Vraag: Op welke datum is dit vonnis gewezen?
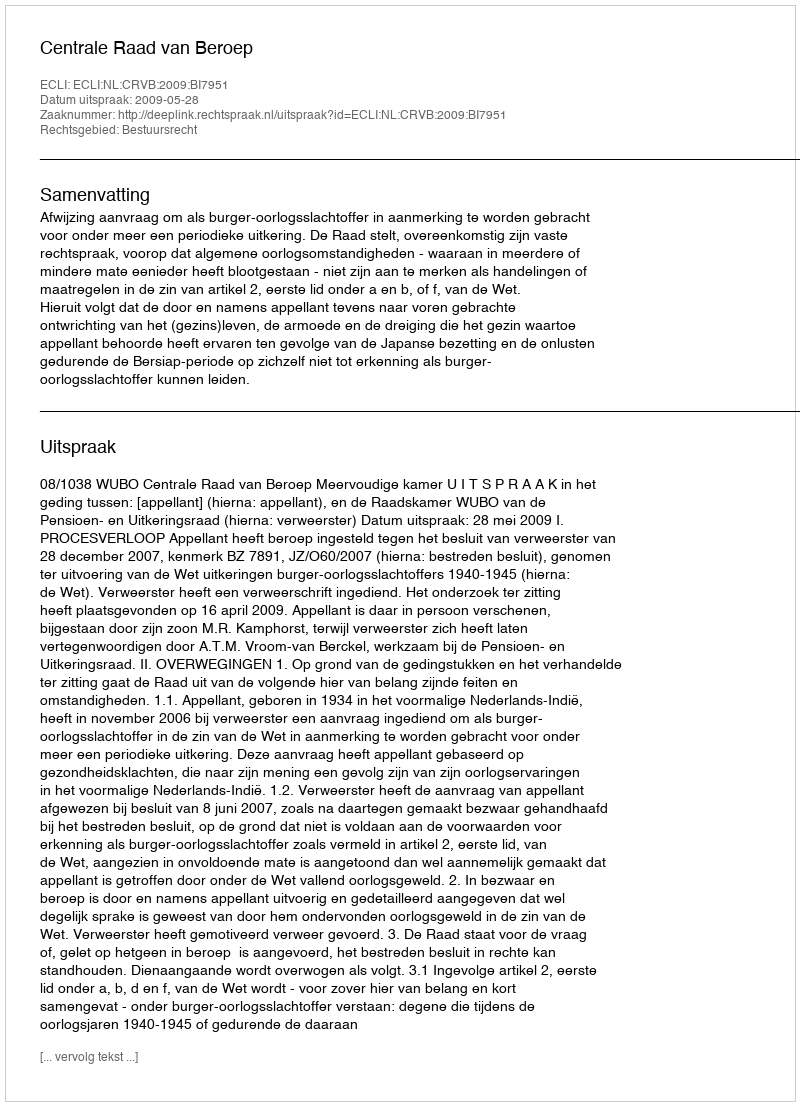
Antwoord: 2009-05-28